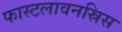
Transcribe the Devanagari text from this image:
फास्टलावनस्रिस